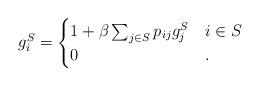
LaTeX: \begin{align*}g^S_i = \begin{cases}1 + \beta \sum_{j \in S} p_{i j} g^S_j & i \in S \\0 & .\end{cases}\end{align*}